Bréfritari: Þórunn E. Halldórsdóttir
Viðtakandi: Halldór Jónsson
Dagsetning: A-1869-07-01
Skrifað á: Vopnafirði  N-Múl.
bróðir Halldórs

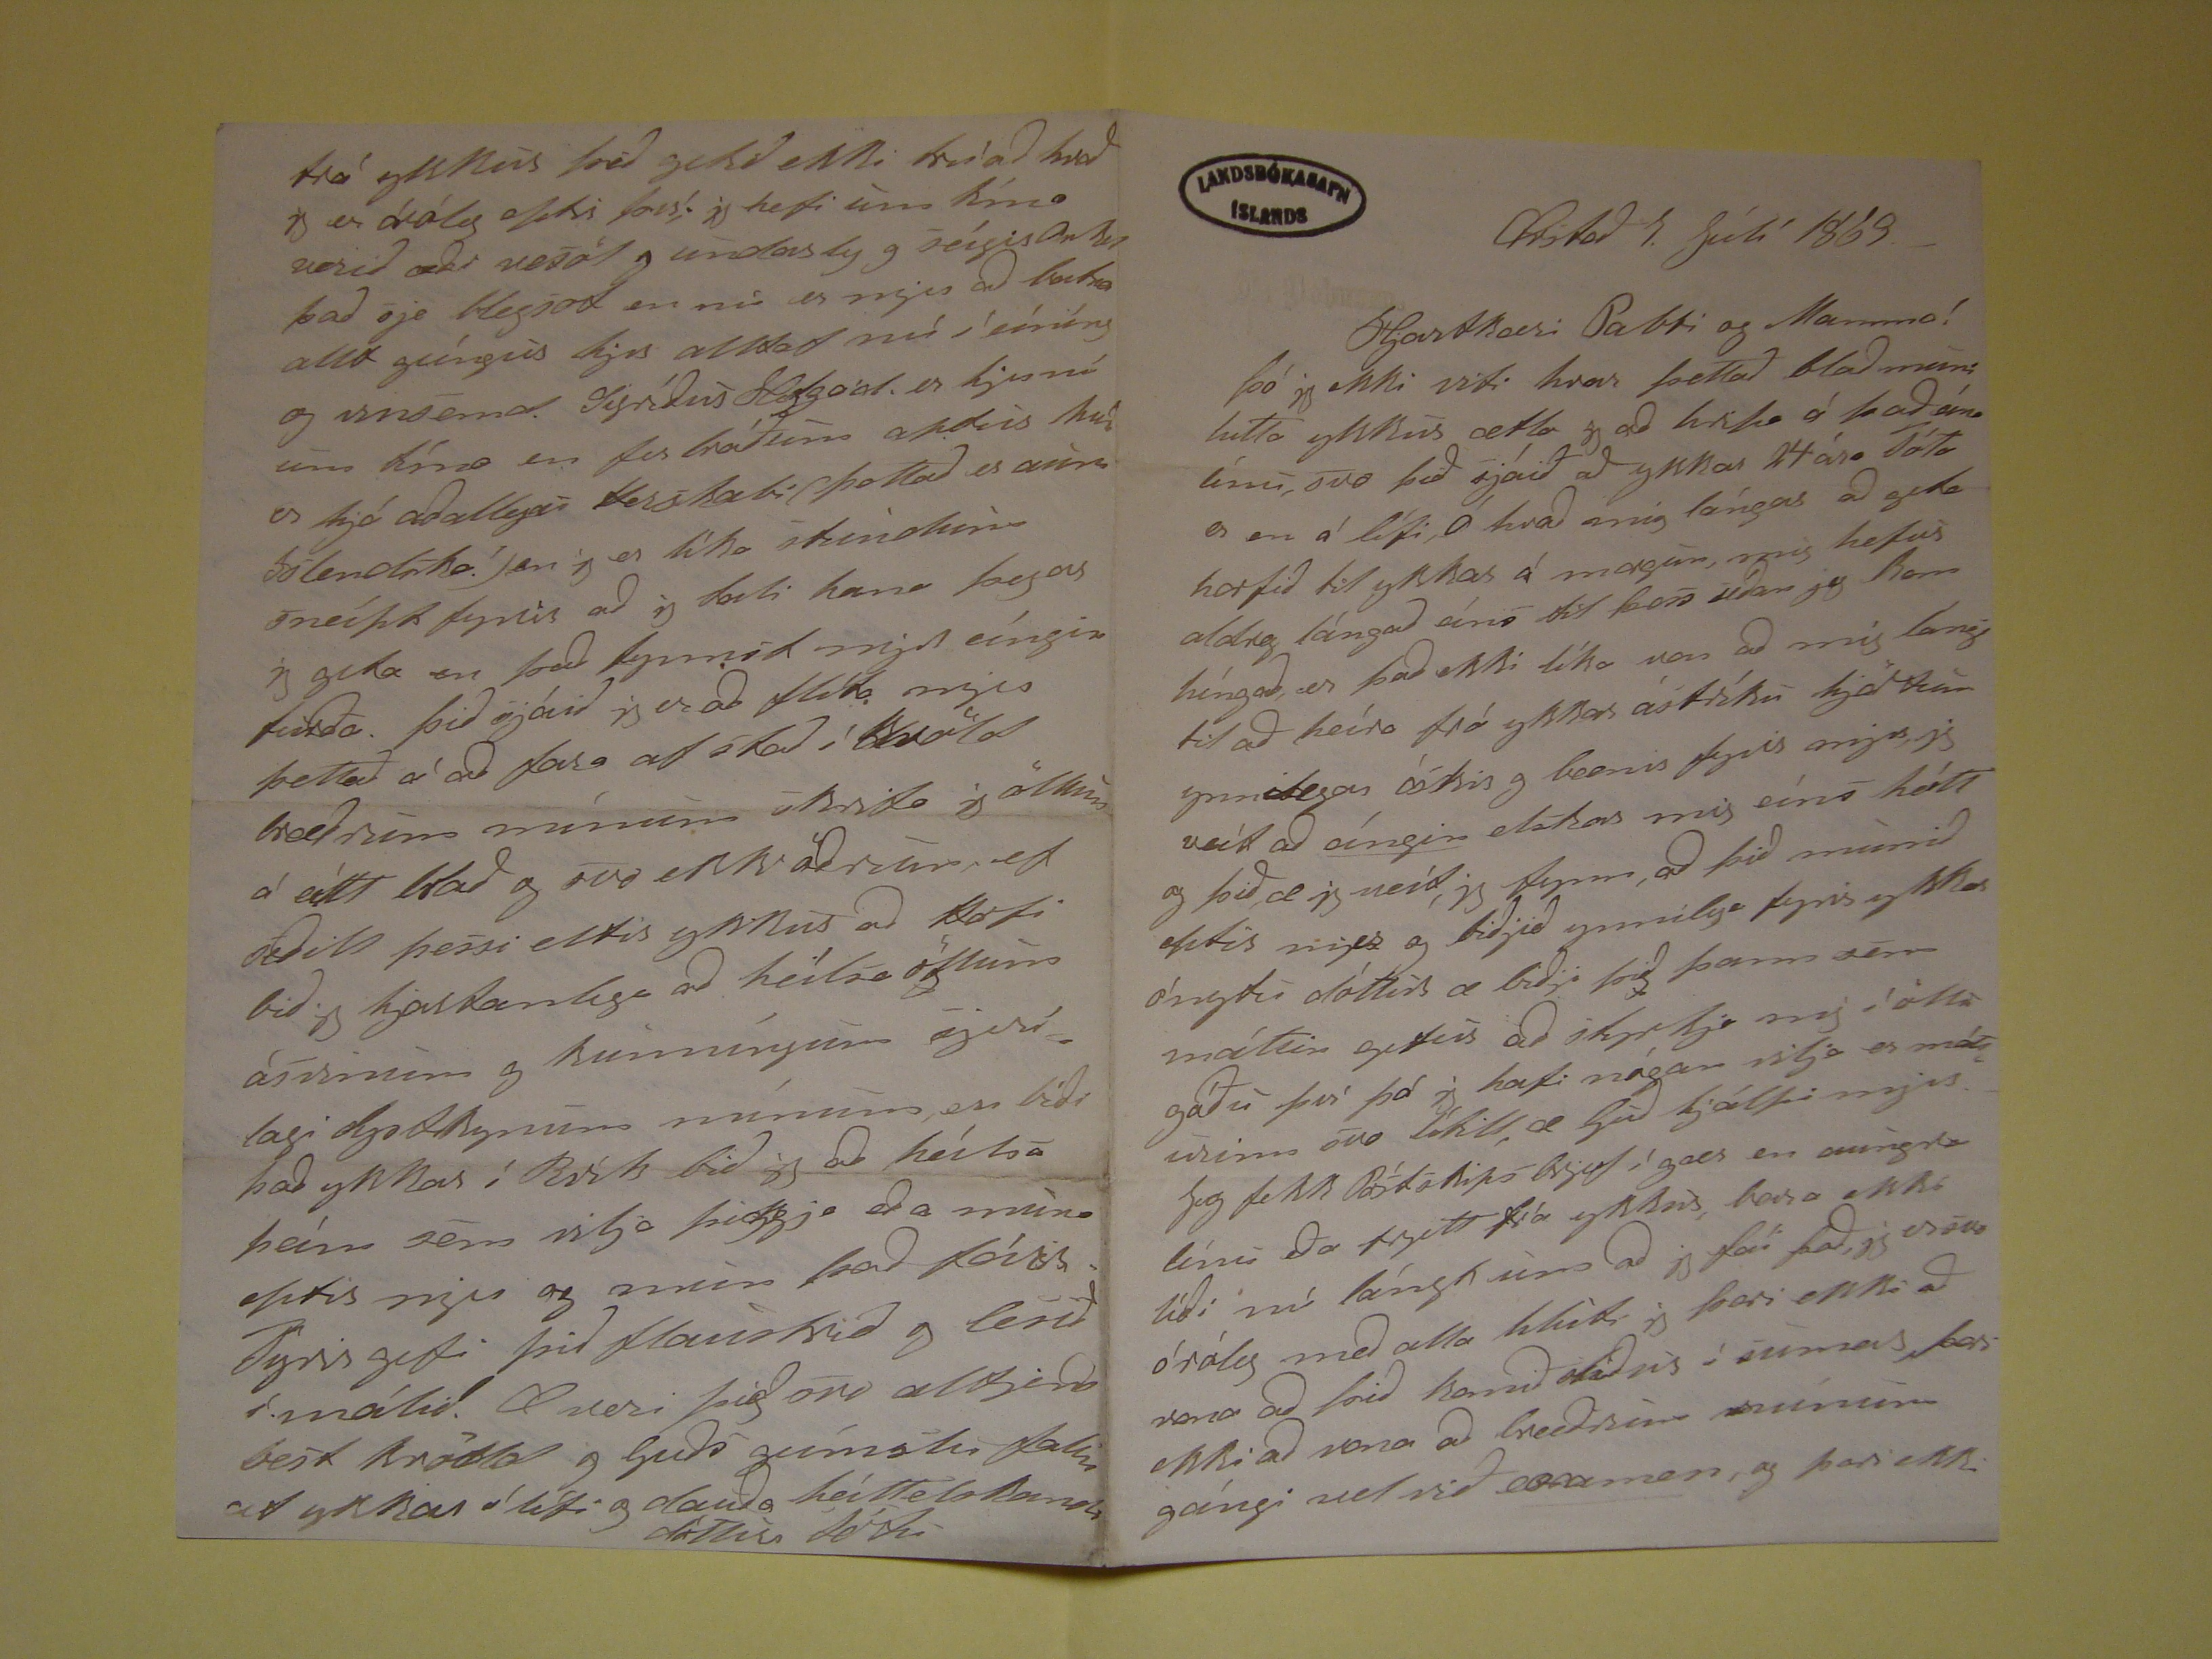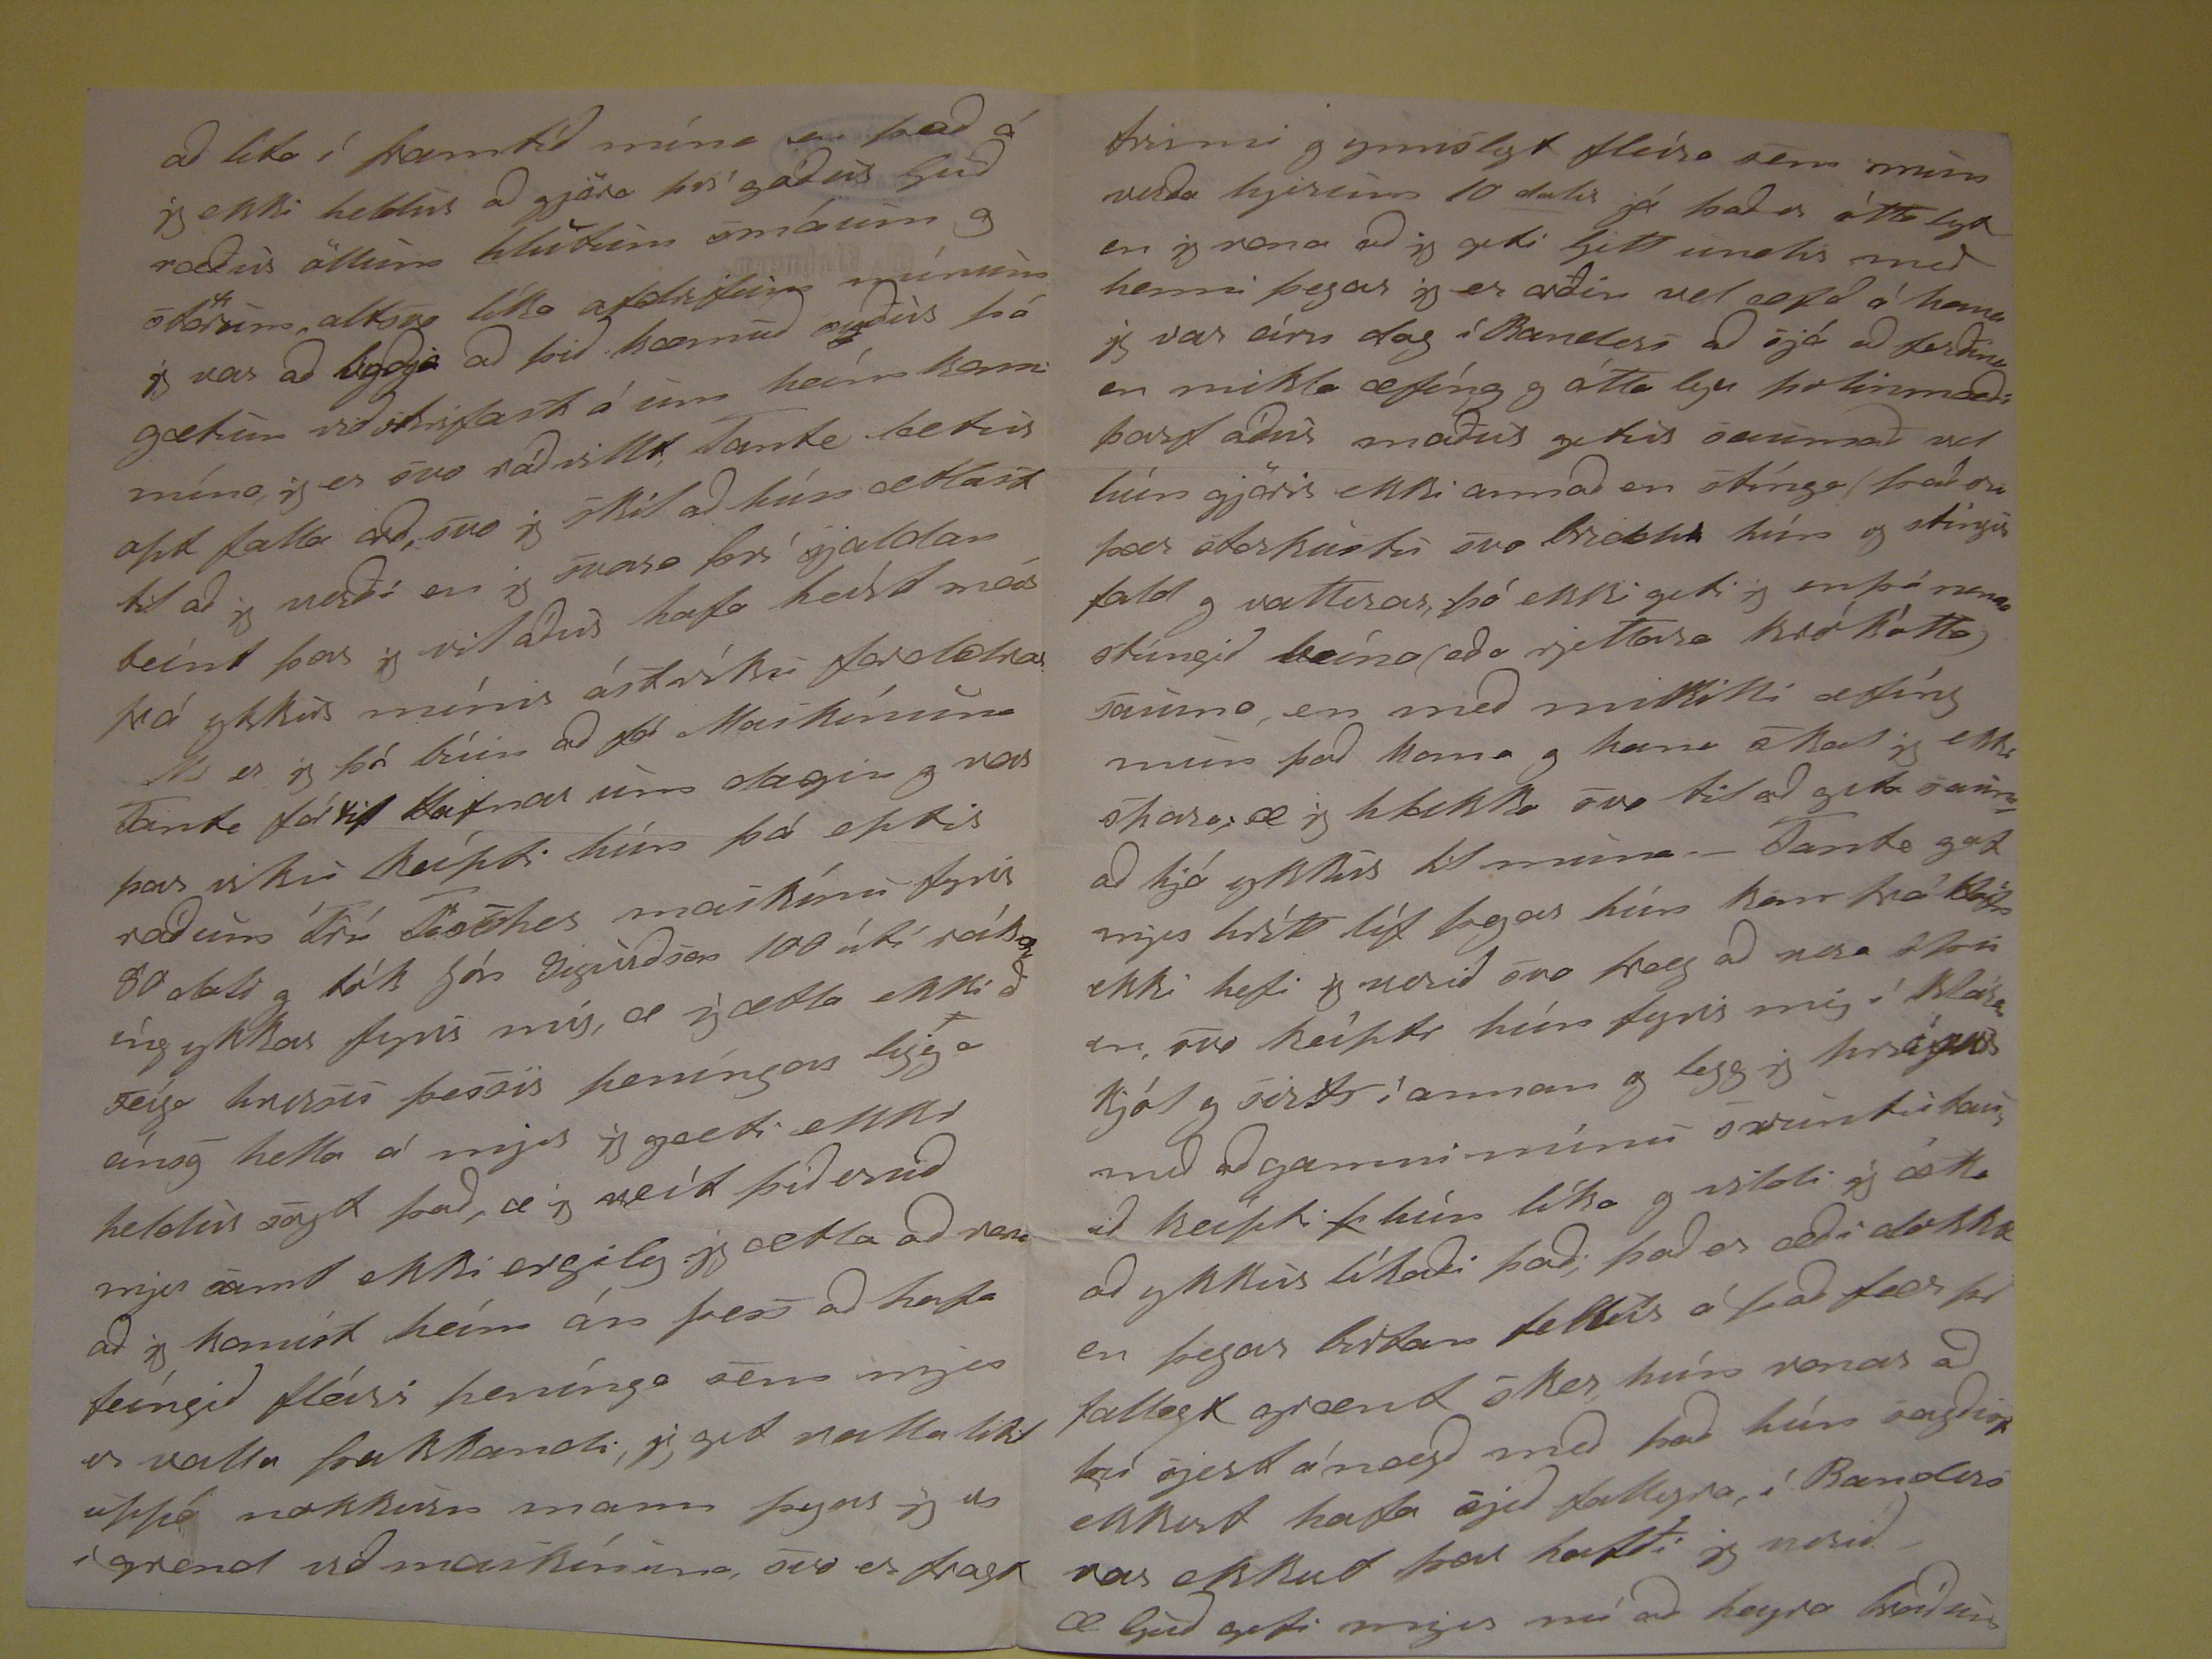

Pristað
1. Júlí 1869
Hjartkæri Pabbi og Mamma! Þó jg ekki viti hvar þettað blað muni hitta ykkur ætla jg að hripa á það eina línu, svo þið sjáið að ykkar 24 ára Tóta er en á lífi,
Ó hvað mig lángar að geta horfið til ykkar á morgun, mig hefur aldreg lángað eíns til þess síðan jeg kom híngað, er það ekki líka von að mig langi til að heíra frá ykkar
ástríku
hjarkun
ynnilegar óskir g bænir fyrir mjer, jg veit að eíngin elskar mig eíns heitt og þið, æ jg veit, jg fynn að þið munið eftir mjer og
biðjið ynnilega fyrir ykkar ónytu dóttur æ biðji þið þann sem máttin gefur að
skrfja
mig í öllu góðu því þá jg hafi nógan vilja er mátturinn svo
lítill, æ Guð hjálpi mjer Jeg fekk Póstskips Brjef í gær en aungva línu eða frjett frá ykkur, bara ekki líði nú lángt eins að jg fái það, jg er svo óróleg með alla hluti jg
þori ekki að vona að bræðrum mínum gángi vel við
enn
men, og þar ekki
að í framtíð mína er það á jg ekki heldur að gjöra því góður Guð ræður öllum hlutum smáum og stórum, altsvo líka afdrifum mínum jg var að byðja að þið kæmuð
suður þá gætum við skrifast á um heim komu mína, jg er svo ráðvillt, Tante betur apt falla að, svo jg skil að hún ætlast til að gj verði en jg svara því sjaldan beint
þar jg vil áður hafa hald mér frá ykkur mínir ástríku foreldrar Nú er jg þá búin að fá
Maskínun
Tante fá kj Hafnar um dagin og var þar viku
keípti hún þá eptir ráðum Frú Trothes maskínu fyrir 80 dali g tók Jón Sigurðson 100 útí reíkníng ykkar fyrir mig, æ j ætla ekki ð seiga hneisu þessir peningar ligga
eínsg hella á mjer jg gæti ekki heldur sagt það, æ jg veit þið eruð mjer samt ekki ergileg jg ætla að
nena
að jg komist heim án þess að hafa
feíngið fleíri pengínga sem mjer er valla þukkandi, jg get valla likl uppá nokkurn mann þyns og
er
í grend við maskínuna, svo er fragt
trimi
g ymislegt fleira sem mins verða hjerinn 10 dalir já það er óttalegt en jg vona að jg geti ljett undir með henni þegar jg er orðin vel
æfð á hana jg var eíns dag í Banderi að sjá að ferðina en mikla æfíng g ótta leg þolinmæði þarf áður maður getur saumað vel hún gjörir ekki annað en stínga það eru
þær sterkustu svo brodd hún og stíngur fald g vallerar, þó ekki geti jg enþá nema stúngið beina (eða rjettara krókótta) sauma, en með mikilli æfíng mun það koma g
hana ókas jg ekki óþara, æ jg hlakka svo til að geta
sunna
hjá ykkur til mína. Tante gaf mjer
hvítt
líf þegar hún kom frá
kafra
ekki hefi jg verið svo fræg að vera
frú
en, svo keipti hún fyrir mig í klara kjól og sesti í annan og legg jg
þri???
með að gamni mínu svuntu tauið kaipti
þ
hún líka g vildi jg óska að ykkur líkaði það,
það er æði dokka en þegar
birdan fellur
á það fær það fallegt grænt sker hún vonar að þú sjert ánægð með það hún sagðist ekkert hafa sjeð
fallegra, í Banders var ekkert þar hafði jg verið. æ Guð gefi mjer nú að heyra
breiðnir
frá ykkur þið getið ekki trúað hvað jg er óróleg eptir því; jg hefi um tíma verið æði vesöl g undarleg g seígis Orku það sje
Hegsot
en nú er
mjer að batna allt geíngur hjer alltaf nú í eíníng og vinsemd. Sigríður Helgad. er hjer nú um tíma en fer bráðum aptur hún er hjá aðallegri Verskabi(þettað er aun
Islendóka!
) en jg er líka stundum sneípt fyrir að jg þoli hana þegar jg geta en það fynnst mjer eíngin feirða. Þið sjáið jg er að flíta mjer þettað á
að fara af stað í kvöld bræðrum mínum skrifa jg öllum á eitt blað og svo ekki öðrum, ef seðill þessi eltir ykur að
Hofi
bið jg hjartanlega að
heisla öllum ásvinum og kunníngum sjerí lagi
djotkynum
mínum, en bíði það ykkar í Brík bið jg að heilsa þeim sem vilja þiggja eða muna eptir
mjer og mun það fárr fyrir gefi þið flauskrið g lesið í málið. Æ veri þið svo æltjenð best kvödd g Guðs
gumski falin
að ykkar í lífi og dauða
heittelskandi dóttir
Tótu